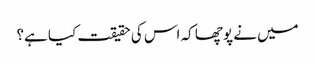
میں نے پوچھا کہ اس کی حقیقت کیا ہے؟